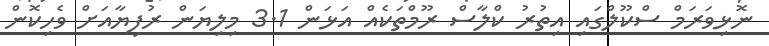
ނޮޅިވަރަމް ސްކޫލްގައި އިތުރު ކްލާސް ރޫމްތަކެއް އަޅަން 3.1 މިލިޔަން ރުފިޔާއަށް ވެހިކޮން